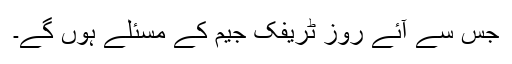
جس سے آئے روز ٹریفک جیم کے مسئلے ہوں گے۔